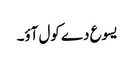
یسوع دے کول آؤ۔